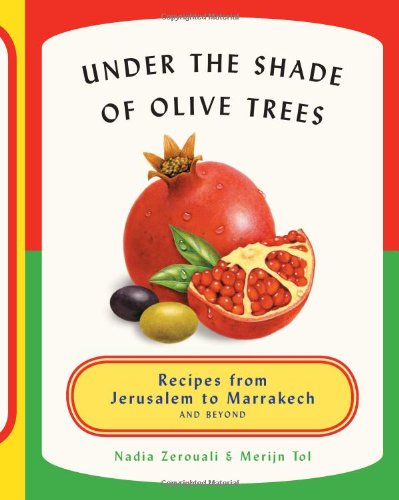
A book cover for Under the Shade of Olive Trees: Recipes from Jerusalem to Marrakech and Beyond; Merijn Tol; Cookbooks, Food & Wine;